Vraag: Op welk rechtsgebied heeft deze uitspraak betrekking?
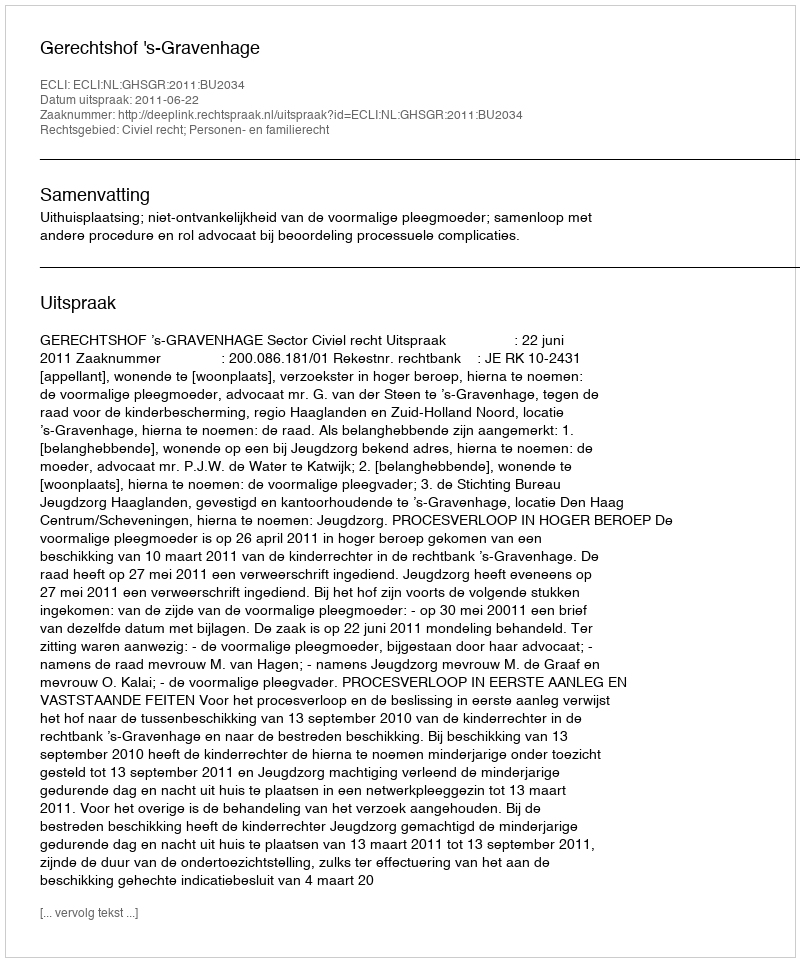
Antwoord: Civiel recht; Personen- en familierecht